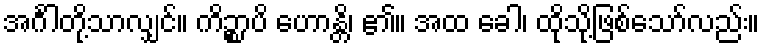
အင်္ဂါတို့သာလျှင်။ ကိဉ္စာပိ ဟောန္တိ၊ ၏။ အထ ခေါ၊ ထိုသို့ဖြစ်သော်လည်း။